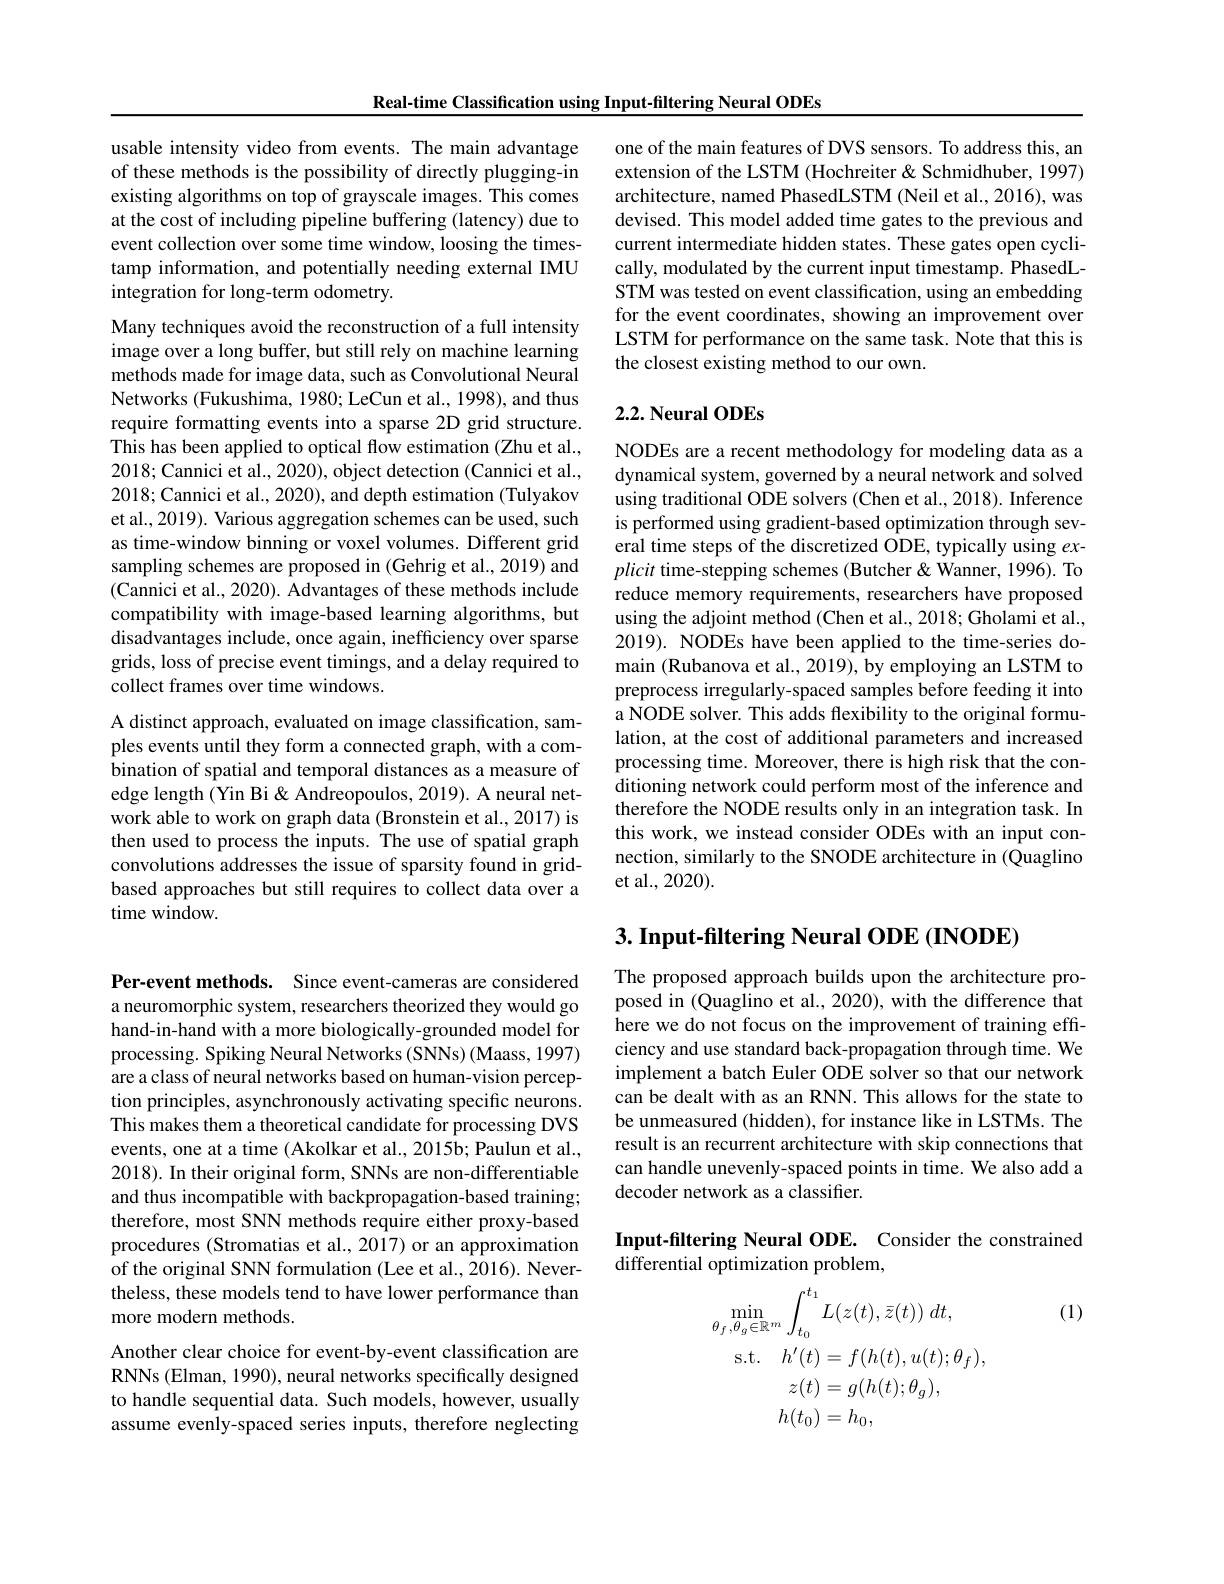
Real-time Classification using Input-filtering Neural ODEs

usable intensity video from events. The main advantage of these methods is the possibility of directly plugging-in existing algorithms on top of grayscale images. This comes at the cost of including pipeline buffering (latency) due to event collection over some time window, loosing the timestamp information, and potentially needing external IMU integration for long-term odometry.

Many techniques avoid the reconstruction of a full intensity image over a long buffer, but still rely on machine learning methods made for image data, such as Convolutional Neural Networks (Fukushima, 1980; LeCun et al., 1998), and thus require formatting events into a sparse 2D grid structure. This has been applied to optical flow estimation (Zhu et al., 2018; Cannici et al., 2020), object detection (Cannici et al., 2018; Cannici et al., 2020), and depth estimation (Tulyakov et al., 2019). Various aggregation schemes can be used, such as time-window binning or voxel volumes. Different grid sampling schemes are proposed in (Gehrig et al., 2019) and (Cannici et al., 2020). Advantages of these methods include compatibility with image-based learning algorithms, but disadvantages include, once again, inefficiency over sparse grids, loss of precise event timings, and a delay required to collect frames over time windows.
A distinct approach, evaluated on image classification, samples events until they form a connected graph, with a combination of spatial and temporal distances as a measure of edge length (Yin Bi & Andreopoulos, 2019). A neural network able to work on graph data (Bronstein et al., 2017) is

then used to process the inputs. The use of spatial graph convolutions addresses the issue of sparsity found in gridbased approaches but still requires to collect data over a time window.

Per-event methods. Since event-cameras are considered a neuromorphic system, researchers theorized they would go hand-in-hand with a more biologically-grounded model for processing. Spiking Neural Networks (SNNs) (Maass, 1997) are a class of neural networks based on human-vision perception principles, asynchronously activating specific neurons. This makes them a theoretical candidate for processing DVS events, one at a time (Akolkar et al., 2015b; Paulun et al., 2018). In their original form, SNNs are non-differentiable and thus incompatible with backpropagation-based training; therefore, most SNN methods require either proxy-based procedures (Stromatias et al., 2017) or an approximation of the original SNN formulation (Lee et al., 2016). Nevertheless, these models tend to have lower performance than more modern methods.
Another clear choice for event-by-event classification are RNNs (Elman, 1990), neural networks specifically designed to handle sequential data. Such models, however, usually assume evenly-spaced series inputs, therefore neglecting

one of the main features of DVS sensors. To address this, an extension of the LSTM (Hochreiter & Schmidhuber, 1997) architecture, named PhasedLSTM (Neil et al., 2016), was devised. This model added time gates to the previous and current intermediate hidden states. These gates open cyclically, modulated by the current input timestamp. PhasedLSTMwas tested on event classification, using an embedding for the event coordinates, showing an improvement over LSTM for performance on the same task. Note that this is the closest existing method to our own.

## $2. 2. \textbf{ Neural ODEs}$

NODEs are a recent methodology for modeling data as a dynamical system, governed by a neural network and solved using traditional ODE solvers (Chen et al., 2018). Inference is performed using gradient-based optimization through several time steps of the discretized ODE, typically using $ex-1$ plicit time-stepping schemes (Butcher & Wanner, 1996). To reduce memory requirements, researchers have proposed using the adjoint method (Chen et al., 2018; Gholami et al., 2019). NODEs have been applied to the time-series domain (Rubanova et al., 2019), by employing an LSTM to preprocess irregularly-spaced samples before feeding it into a NODE solver. This adds flexibility to the original formulation, at the cost of additional parameters and increased processing time. Moreover, there is high risk that the conditioning network could perform most of the inference and therefore the NODE results only in an integration task. In this work, we instead consider ODEs with an input connection, similarly to the SNODE architecture in (Quaglino et al., 2020).

$3. \textbf{Input- filtering Neural ODE ( INODE) }$

The proposed approach builds upon the architecture proposed in (Quaglino et al., 2020), with the difference that here we do not focus on the improvement of training effciency and use standard back-propagation through time. We implement a batch Euler ODE solver so that our network can be dealt with as an RNN. This allows for the state to be unmeasured (hidden), for instance like in LSTMs. The result is an recurrent architecture with skip connections that can handle unevenly-spaced points in time. We also add a decoder network as a classifier.

Input-filtering Neural ODE. Consider the constrained
differential optimization problem,

(1)
$$\begin{aligned}\min_{\theta_{f},\theta_{g}\in\mathbb{R}^{m}}\int_{t_{0}}^{t_{1}}L(z(t),\bar{z}(t))\:dt,\\\mathrm{s.t.}\quad h^{\prime}(t)&=f(h(t),u(t);\theta_{f}),\\z(t)&=g(h(t);\theta_{g}),\\h(t_{0})&=h_{0},\end{aligned}$$